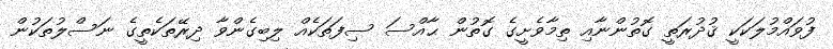
ފުވައްމުލަކަކީ ޤުދުރަތީ ގޮތުންނާއި ތިމާވެށީގެ ގޮތުން ޙާއްސަ ސިފަތަކެއް ލިބިގެންވާ ދިރޭތަކެތީގެ ނަސްލުތަކުން